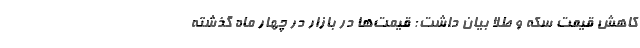
کاهش قیمت سکه و طلا بیان داشت: قیمت‌ها در بازار در چهار ماه گذشته